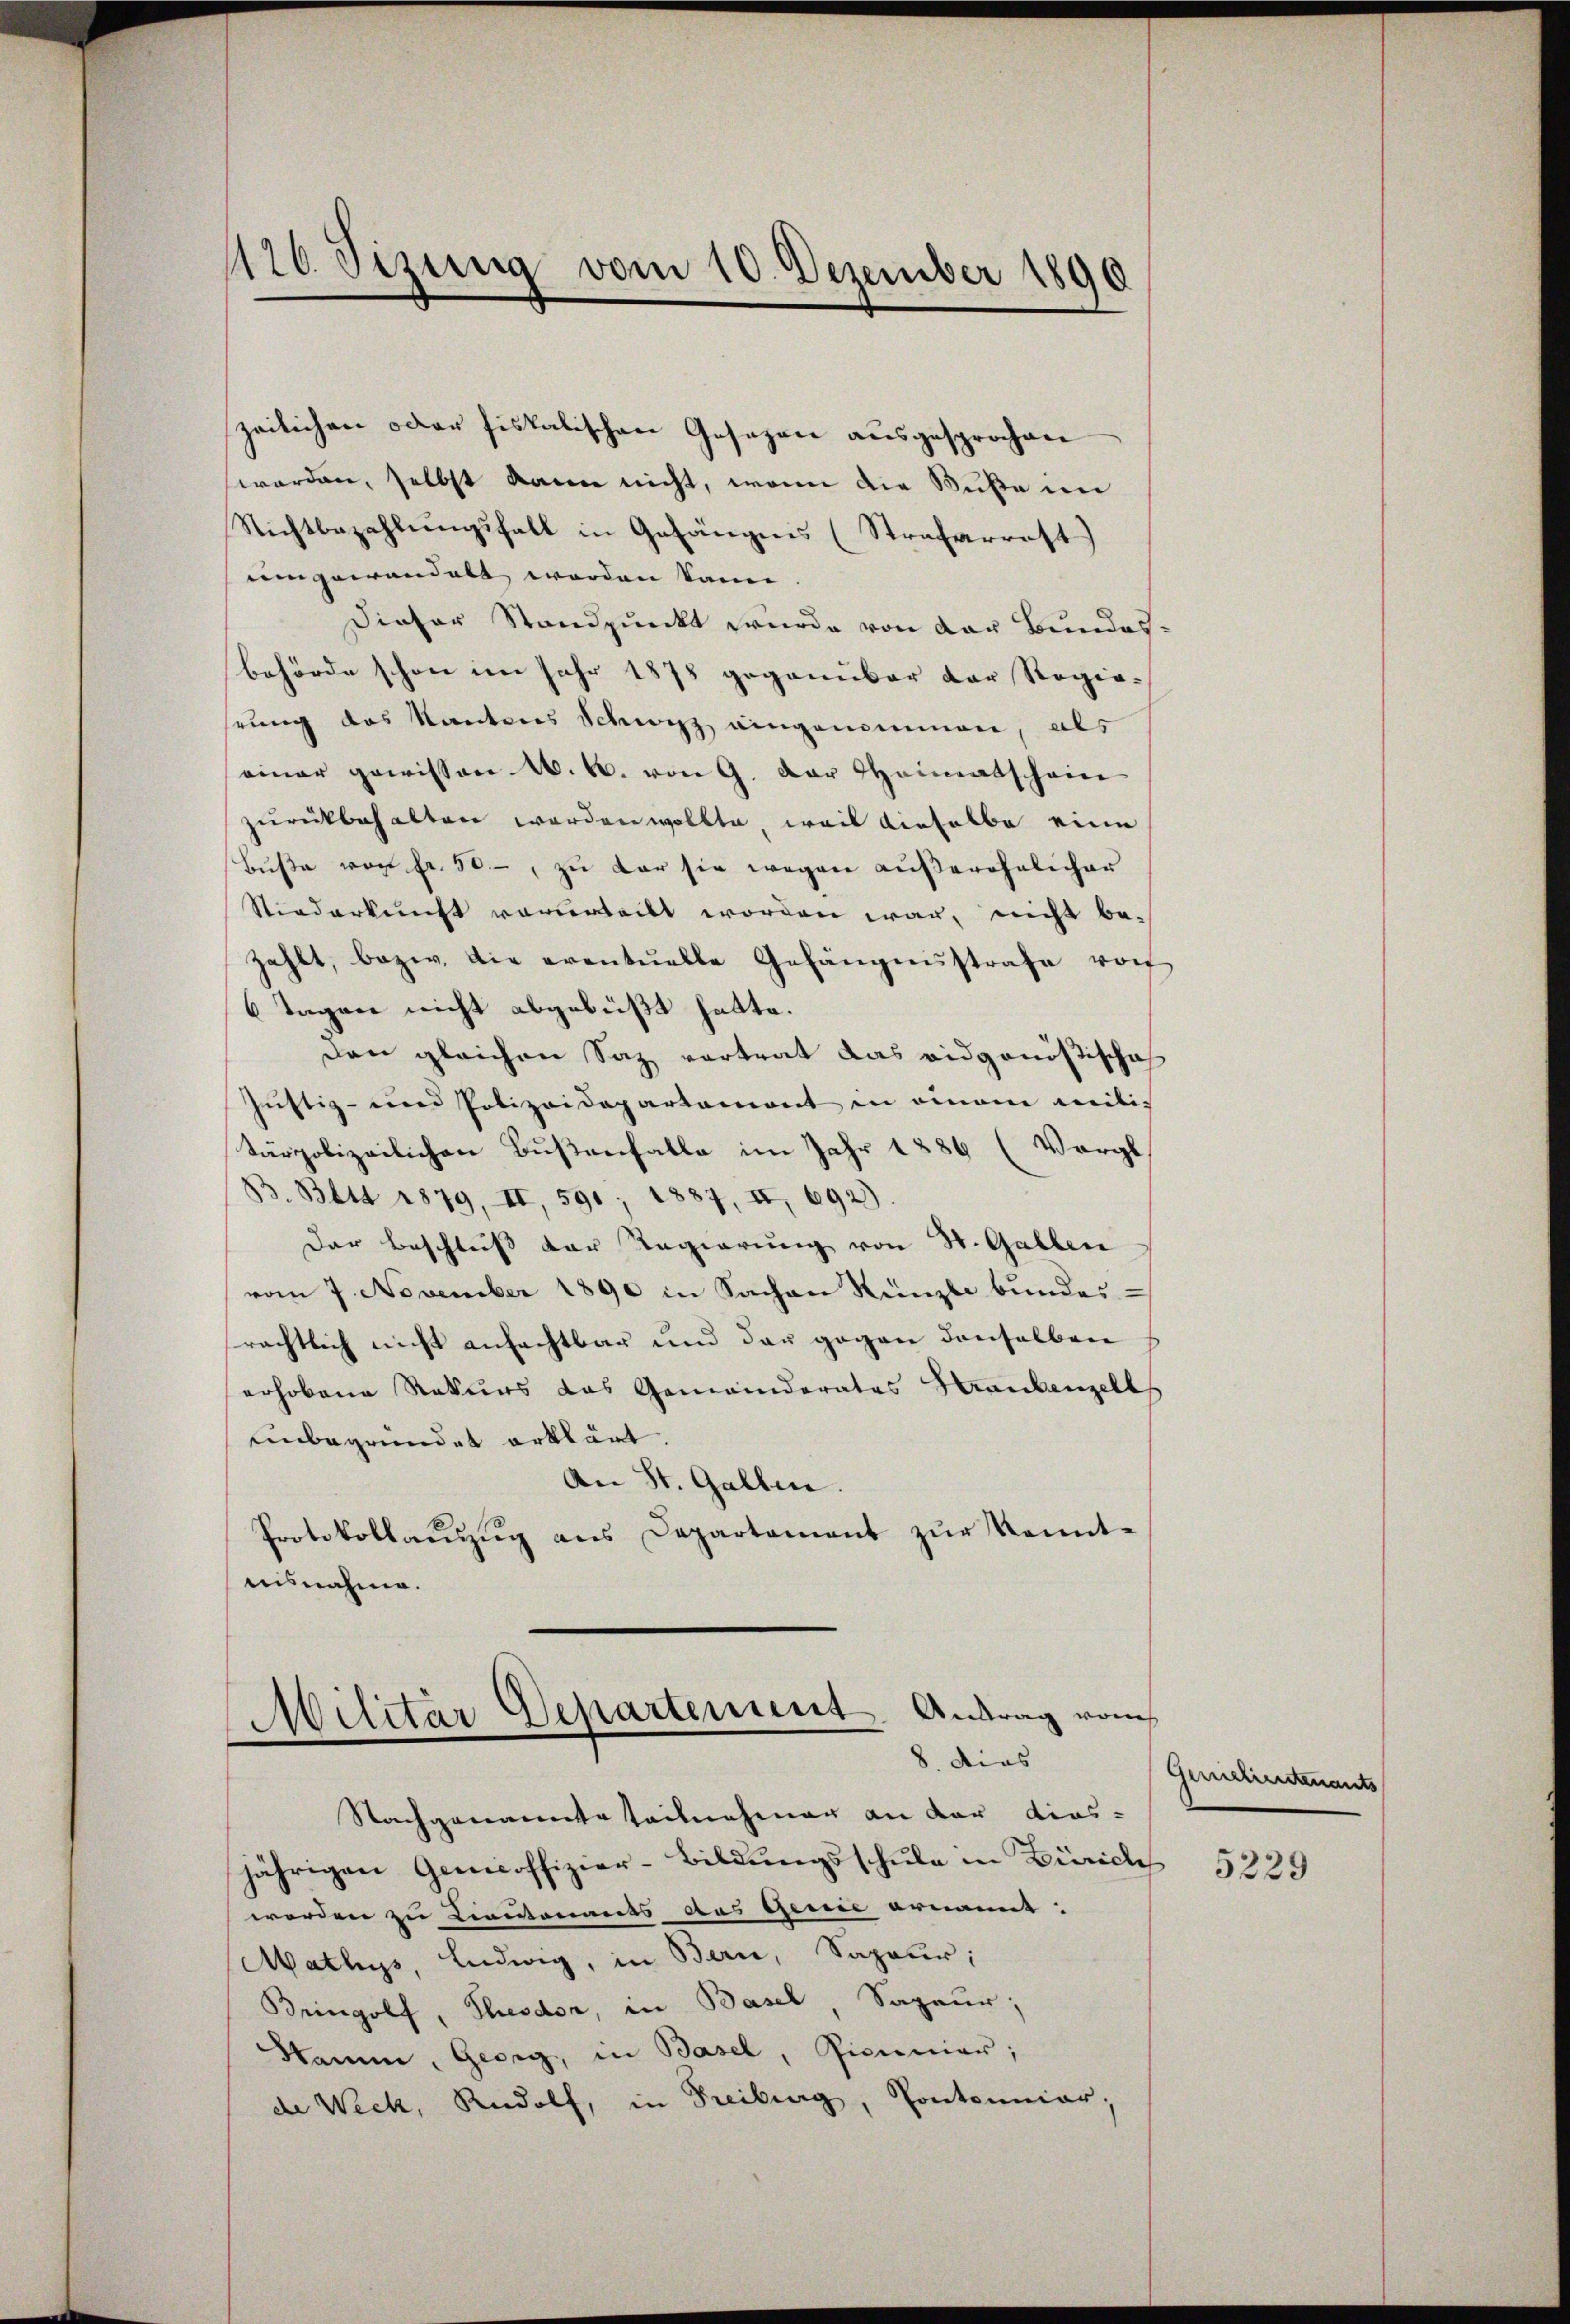
176. Sizung vom 10. Dezember 1890

zeilichen oder fiskalischen Gesezen ausgesprochen
worden, selbst kann nicht, wenn die Buße im
Nichtbezahlŭngsfall in Gefängnis (Strafarrest
umgewandelt worden kann
Dieser Standpunkt wurde von der Bundes-
behörde schon im Jahr 1878 gegenüber der Regie-
rung das Kantons Schwyz eingenommen, als
einer gewissen W. B. von 9. Der Heimatschein
zurückbehalten werden wollte, weil dieselbe eine
Buße von fr. 50, zu der sie wegen außerehelicher
Niederkunft verurteilt worden war, nicht be-
zahlt, bezw. die eventuelle Gefängensstrafe von
6 Tagen nicht abgebüßt hatte.
den gleichen Saz vertrat das eidgenößische
Justiz- und Polizeidepartemont in einem militärpolizeilichen Bußenfalle im Jahr 1886 (Vergl.
B. Bett 1879, II, 590, 1887, II 692).
Der Beschluß der Regierung von St. Gallen
vom 7. November 1890 in Sachen Künzli bundes-
rächtlich nicht anfachtbar und der gegen denselben
erhobene Rekurs das Gemeinderates Graubenzell
unbegründet erklärt.
An St. Gallen.
Protokollanzŭg ans Departament zŭr Kennt-
uisnahme.

Militar Departement. Antrag vom
8. dies

Nachgenannte teilnehmer an der dies-
jährigen Gemeoffizier-Bildungsschule in Zürich
werden zu Levitaments aus genie ernannt.
Mathys, Ludwig, in Bern, Sapeur;
Bringolf, Thesdor, in Basel Sapeur;
Namm, Georg, in Basel, Simonier;
de Weck, Rudolf, in Freiburg, Pontouniar;

Gemetientenants

5229